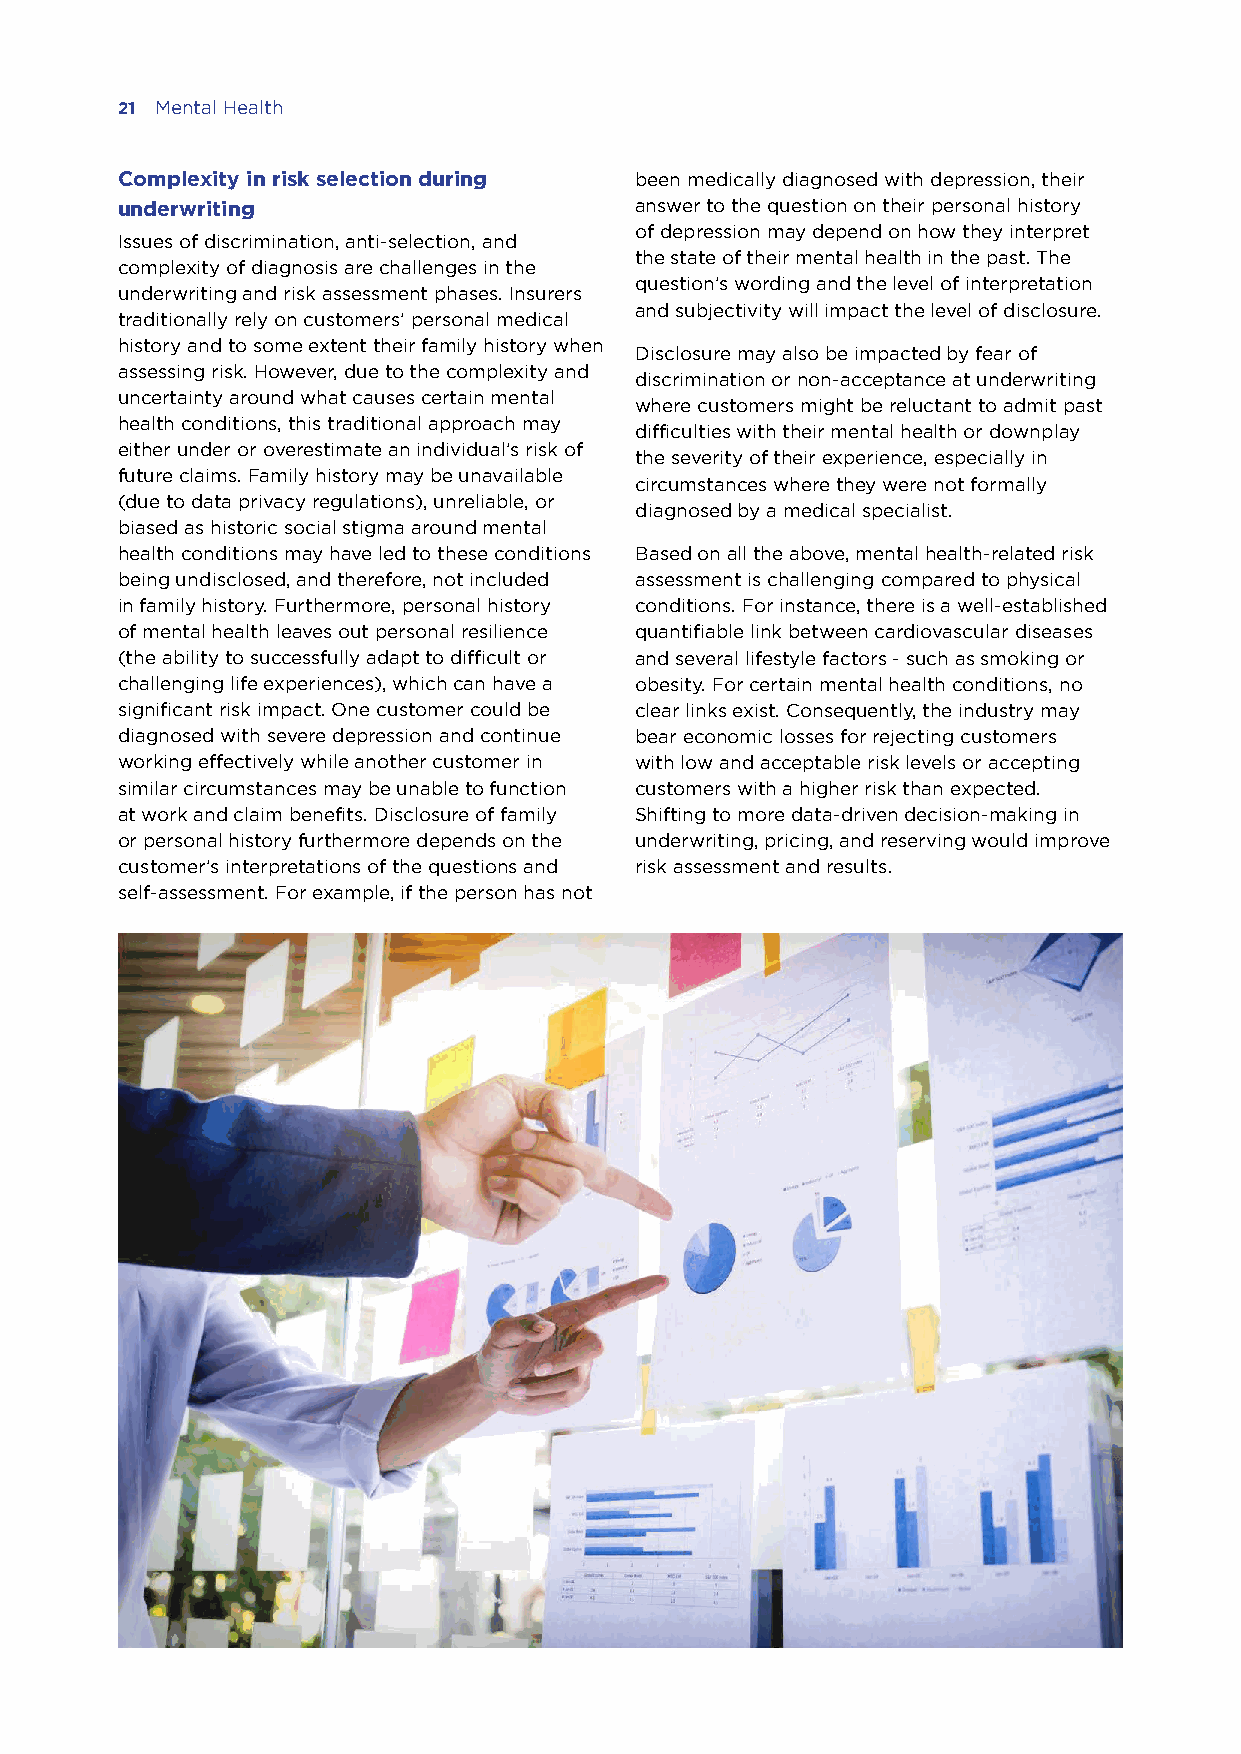
21 Mental Health
 Complexity in risk selection during been medically diagnosed with depression, their
 underwriting                      answer to the question on their personal history
 of depression may depend on how they interpret
 Issues of discrimination, anti-selection, and
 the state of their mental health in the past. The
 complexity of diagnosis are challenges in the
 question’s wording and the level of interpretation
 underwriting and risk assessment phases. Insurers
 and subjectivity will impact the level of disclosure.
 traditionally rely on customers’ personal medical
 history and to some extent their family history when
 Disclosure may also be impacted by fear of
 assessing risk. However, due to the complexity and
 discrimination or non-acceptance at underwriting
 uncertainty around what causes certain mental
 where customers might be reluctant to admit past
 health conditions, this traditional approach may
 difficulties with their mental health or downplay
 either under or overestimate an individual’s risk of
 the severity of their experience, especially in
 future claims. Family history may be unavailable
 circumstances where they were not formally
 (due to data privacy regulations), unreliable, or
 diagnosed by a medical specialist.
 biased as historic social stigma around mental
 health conditions may have led to these conditions Based on all the above, mental health-related risk
 being undisclosed, and therefore, not included assessment is challenging compared to physical
 in family history. Furthermore, personal history conditions. For instance, there is a well-established
 of mental health leaves out personal resilience quantifiable link between cardiovascular diseases
 (the ability to successfully adapt to difficult or and several lifestyle factors - such as smoking or
 challenging life experiences), which can have a obesity. For certain mental health conditions, no
 significant risk impact. One customer could be clear links exist. Consequently, the industry may
 diagnosed with severe depression and continue bear economic losses for rejecting customers
 working effectively while another customer in with low and acceptable risk levels or accepting
 similar circumstances may be unable to function customers with a higher risk than expected.
 at work and claim benefits. Disclosure of family Shifting to more data-driven decision-making in
 or personal history furthermore depends on the underwriting, pricing, and reserving would improve
 customer’s interpretations of the questions and risk assessment and results.
 self-assessment. For example, if the person has not